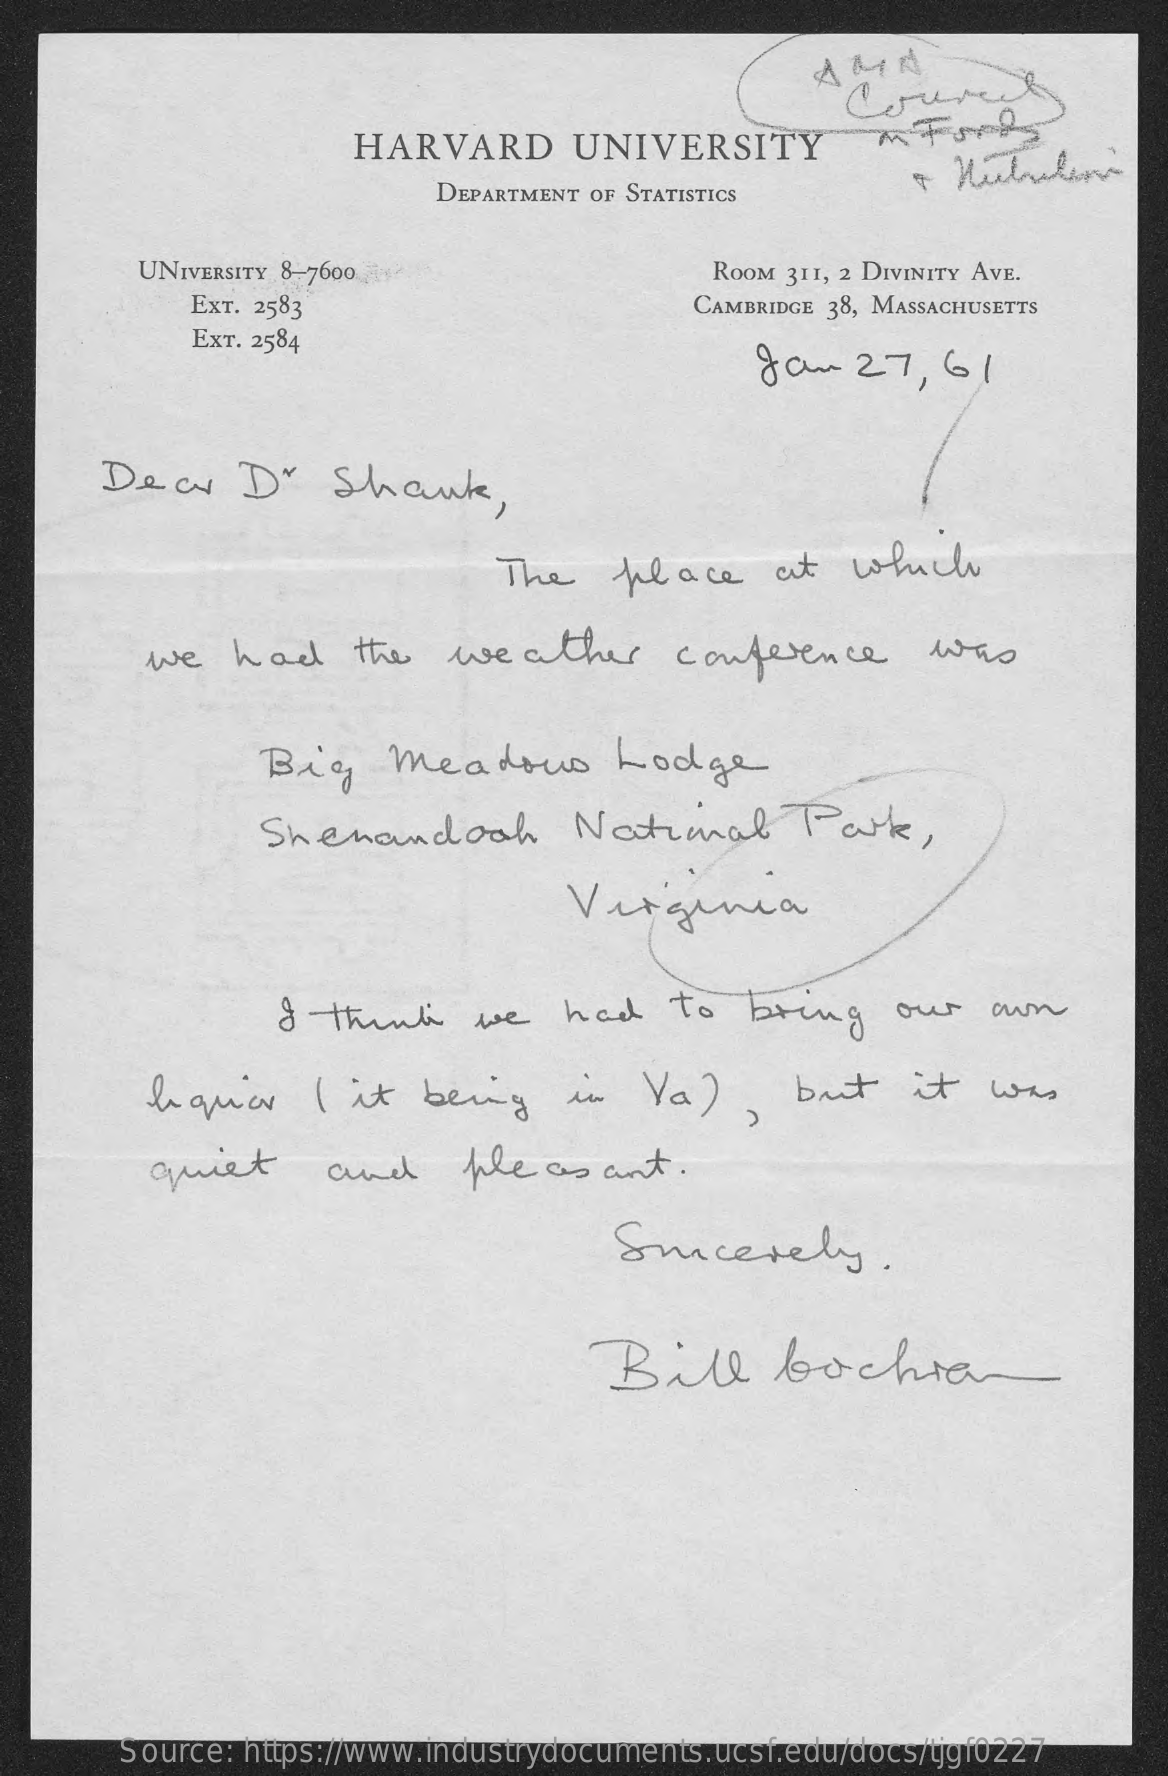
AMIN
     HARVARD    UNIVERSITY
     DEPARTMENT OF STATISTICS
     UNIVERSITY 8-7600    ROOM 311, 2 DIVINITY AVE.
     EXT. 2583    CAMBRIDGE 38, MASSACHUSETTS
     EXT. 2584
     Jan   27,   61
     Dear    D"    Shank,
     The    place    at   which
     we   had    the   weather    conference    who
     Big    Meadows    Lodge
     Shenandoah    National    Park,
     Virginia
     I  think    we    had    to  bring    our   own
     liquor    ( it   being    in   Va),    but    it   was
     quiet    and    pleas    ant.
     Sucesely.
     Bill    bochian
     Source: https://www.industrydocuments.ucsf.edu/docs/tjgf0227